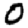
Digit: 0